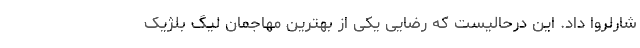
شارلروا داد. این درحالیست که رضایی یکی از بهترین مهاجمان لیگ بلژیک